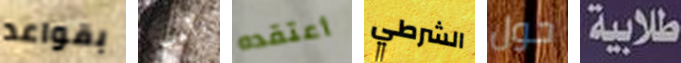
بقواعد تأهب أعتقده الشرطي حول طلابية